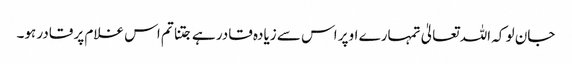
جان لو کہ اللہ تعالیٰ تمہارے اوپر اس سے زیادہ قادر ہے جتنا تم اس غلام پر قادر ہو۔